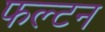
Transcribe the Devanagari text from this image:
फल्टन